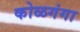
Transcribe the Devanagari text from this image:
कोळगंगा